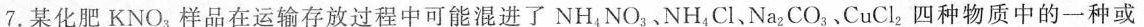
7.某化肥KNO_{3}样品在运输存放过程中可能混进了NH_{4}NO_{3}、NH_{4}Cl、 Na_{2}CO_{3}、CuCl_{2}四种物质中的一种或